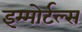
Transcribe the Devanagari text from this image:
इम्मोर्टल्स